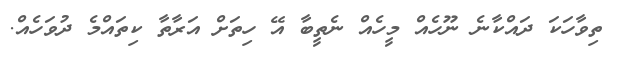
ތިވާހަކަ ދައްކާނެ ނޫހެއް މީހެއް ނެތީބާ އޭ ހިތަށް އަރާތާ ކިތައްމެ ދުވަހެއް.